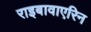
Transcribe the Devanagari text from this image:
राइबावाएरिन